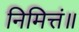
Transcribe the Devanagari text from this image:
निमित्तं॥